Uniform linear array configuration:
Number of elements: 4
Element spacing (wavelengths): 0.75
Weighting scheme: blackman
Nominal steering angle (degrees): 45
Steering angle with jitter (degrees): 44.876
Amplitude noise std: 0.05
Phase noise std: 0.05

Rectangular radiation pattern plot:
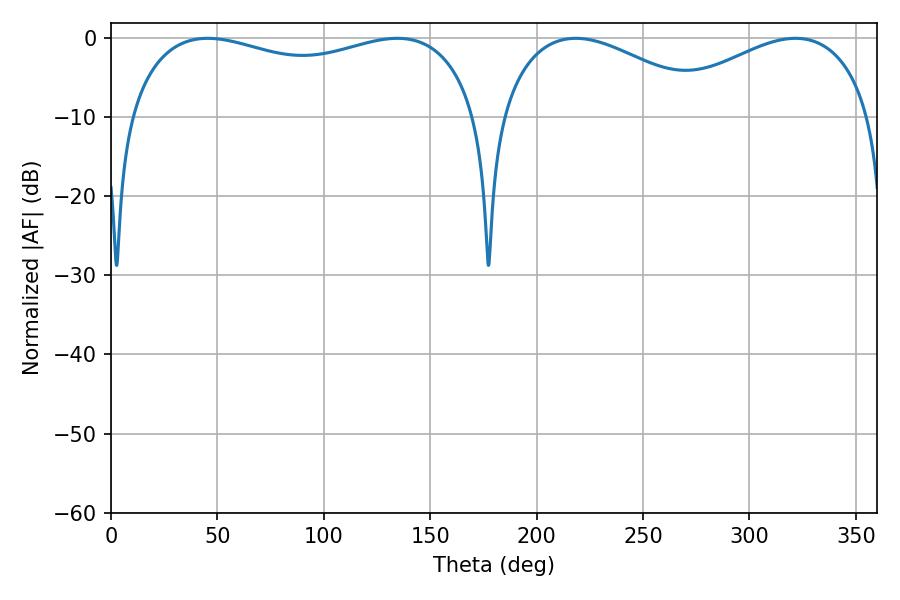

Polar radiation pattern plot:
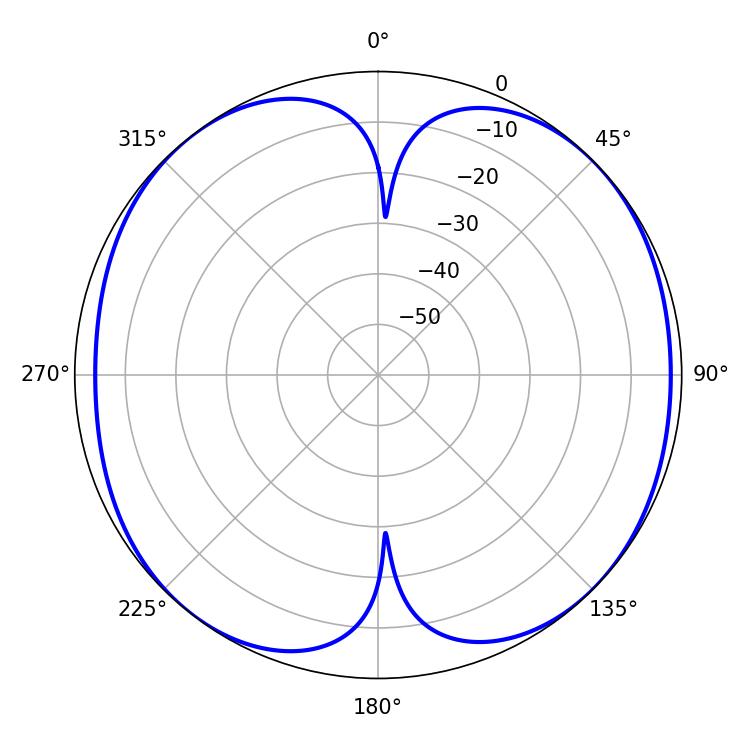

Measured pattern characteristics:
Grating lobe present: TRUE
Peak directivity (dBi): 10.234
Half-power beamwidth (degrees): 55.8
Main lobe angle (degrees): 218.34